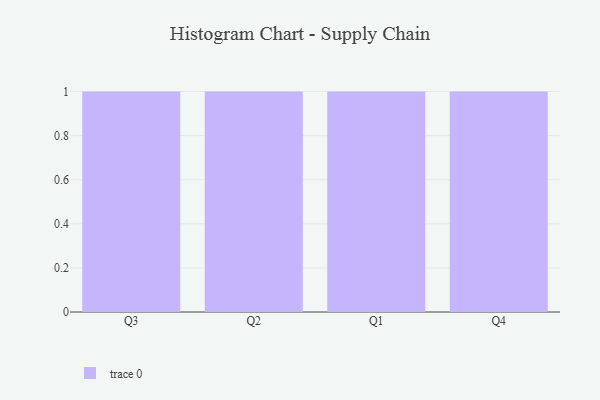
{"axis": {"x": "Quarter", "y": "Shipments"}, "legend": [""], "data": [{"x": "Q3", "y": 81, "type": ""}, {"x": "Q2", "y": 11, "type": ""}, {"x": "Q1", "y": 49, "type": ""}, {"x": "Q4", "y": 82, "type": ""}]}